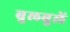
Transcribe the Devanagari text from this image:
बुलबुलें